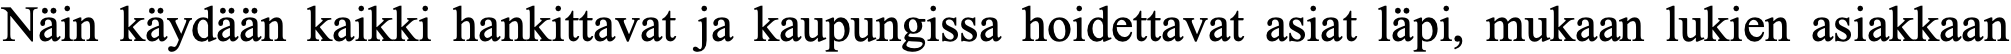
Näin käydään kaikki hankittavat ja kaupungissa hoidettavat asiat läpi, mukaan lukien asiakkaan